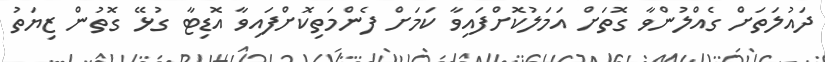
ދައުލަތަށް ގެއްލުންވާ ގޮތަށް އަމަލުކޮށްފައިވާ ކަމަށް ފެންމަތިކޮށްފައިވާ އޮޑިޓާ ގުޅޭ ގޮތުން ޒިޔަތު